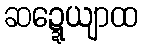
ဆဍ္ဍေယျာထ